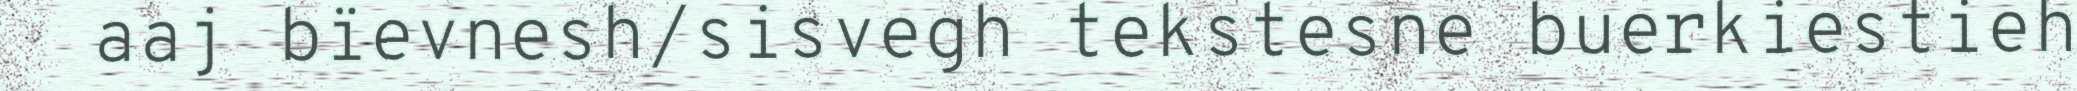
aaj bïevnesh/sisvegh tekstesne buerkiestieh